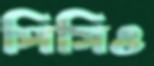
পিসিও